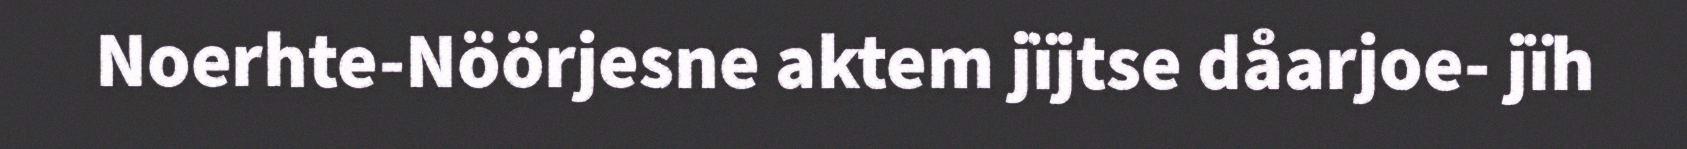
Noerhte-Nöörjesne aktem jïjtse dåarjoe- jïh